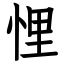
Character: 悝